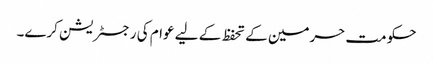
حکومت حرمین کے تحفظ کے لیے عوام کی رجسٹریشن کرے۔